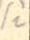
/i